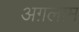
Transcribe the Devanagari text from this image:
अग़लाम